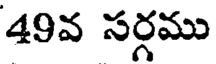
49వ సర్గము